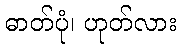
ဓာတ်ပုံ၊ ဟုတ်လား